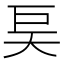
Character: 𰋝